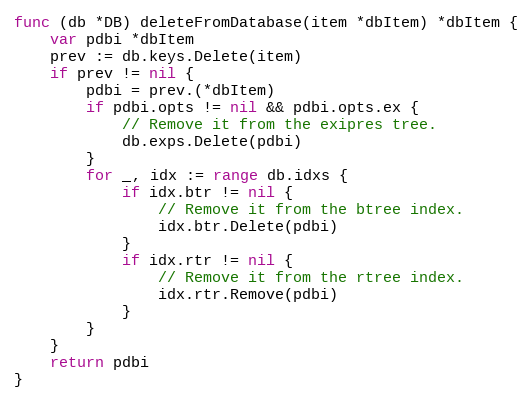
Language: Go
func (db *DB) deleteFromDatabase(item *dbItem) *dbItem {
	var pdbi *dbItem
	prev := db.keys.Delete(item)
	if prev != nil {
		pdbi = prev.(*dbItem)
		if pdbi.opts != nil && pdbi.opts.ex {
			// Remove it from the exipres tree.
			db.exps.Delete(pdbi)
		}
		for _, idx := range db.idxs {
			if idx.btr != nil {
				// Remove it from the btree index.
				idx.btr.Delete(pdbi)
			}
			if idx.rtr != nil {
				// Remove it from the rtree index.
				idx.rtr.Remove(pdbi)
			}
		}
	}
	return pdbi
}